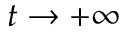
t \to + \infty